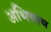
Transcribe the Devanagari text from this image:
अभिषाप